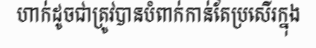
ហាក់ដូចជាត្រូវបានបំពាក់កាន់តែប្រសើរក្នុង